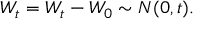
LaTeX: W _ { t } = W _ { t } - W _ { 0 } \sim N ( 0 , t ) .